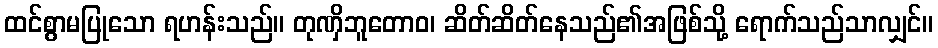
ထင်စွာမပြုသော ရဟန်းသည်။ တုဏှိဘူတောဝ၊ ဆိတ်ဆိတ်နေသည်၏အဖြစ်သို့ ရောက်သည်သာလျှင်။